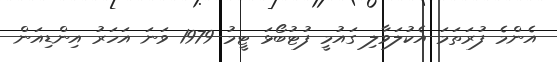
އެންމެ ފުރަތަމަ އެކުލަވާލި ގައުމީ ފުޓުބޯޅަ ޓީމު 1979 ވަނަ އަހަރު އިންޑިއަން